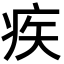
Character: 疾